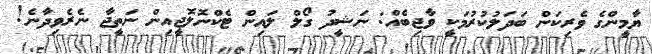
ޔާމީންގެ ވެރިކަން ބަދަލުކުރުމަކީ ވާޖިބެއް: ނަޝީދު ގޯލް ލައިން ޓެކްނޮލޮޖީއިން ނަތީޖާ ނެރެވިދާނެ!